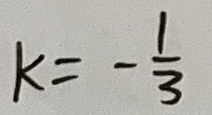
k = - \frac { 1 } { 3 }